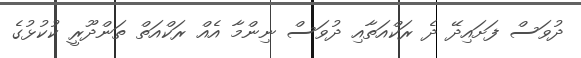
ދުވަސް ފަށައިދޭ ދެ ރަކްއަތާއި ދުވަސް ނިންމާ އެއް ރަކްއަތް ތަންދޫރީ ކުކުޅުގެ